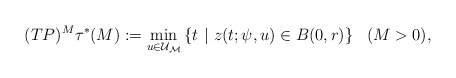
\begin{align*}(TP)^M\tau^*(M):= \displaystyle\min_{u \in \cal{U}_M} \left\lbrace t \ |\ z(t;\psi,u)\in B(0,r)\right\rbrace\ \ (M>0),\end{align*}